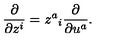
\frac { \partial } { \partial z ^ { i } } = z ^ { a } { } _ { i } \frac { \partial } { \partial u ^ { a } } .